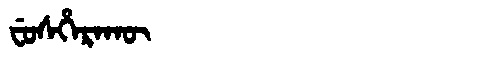
Manchu: ᠸᡠᠰᡥᡝᡵᠠᡴᡡ
Romanization: FUSHERAKŪ